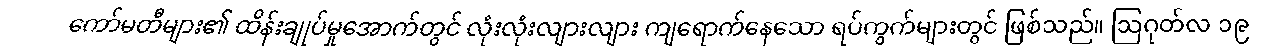
ကော်မတီများ၏ ထိန်းချုပ်မှုအောက်တွင် လုံးလုံးလျားလျား ကျရောက်နေသော ရပ်ကွက်များတွင် ဖြစ်သည်။ ဩဂုတ်လ ၁၉